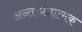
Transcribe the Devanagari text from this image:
अन्तःप्रज्ञात्मक